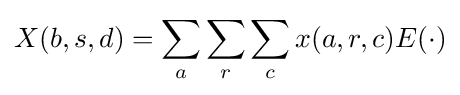
X(b,s,d)=\sum _{a}\sum _{r}\sum _{c}x(a,r,c)E(\cdot )